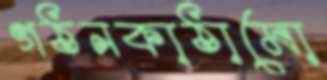
গঠনকাঠামো